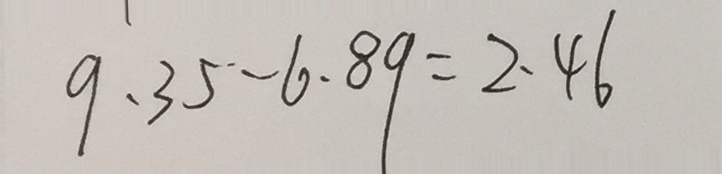
9 . 3 5 - 6 . 8 9 = 2 . 4 6